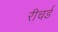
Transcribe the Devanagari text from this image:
रीचर्ड